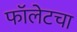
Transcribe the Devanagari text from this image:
फॉलेटचा